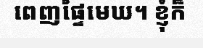
ពេញផ្ទៃមេឃ។ ខ្ញុំក៏